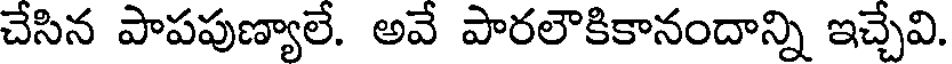
చేసిన పాపపుణ్యాలే. అవే పారలౌకికానందాన్ని ఇచ్చేవి.